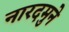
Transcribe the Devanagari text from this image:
नारदमुने